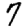
Digit: 7